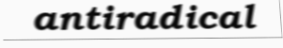
antiradical